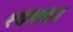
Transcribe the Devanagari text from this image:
श्यावफंग